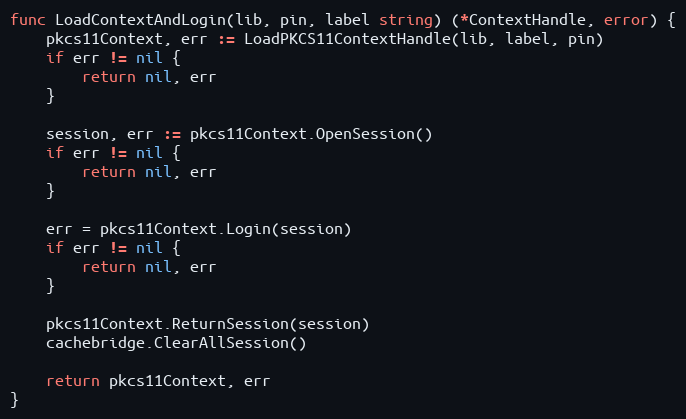
Language: Go
func LoadContextAndLogin(lib, pin, label string) (*ContextHandle, error) {
	pkcs11Context, err := LoadPKCS11ContextHandle(lib, label, pin)
	if err != nil {
		return nil, err
	}

	session, err := pkcs11Context.OpenSession()
	if err != nil {
		return nil, err
	}

	err = pkcs11Context.Login(session)
	if err != nil {
		return nil, err
	}

	pkcs11Context.ReturnSession(session)
	cachebridge.ClearAllSession()

	return pkcs11Context, err
}